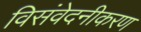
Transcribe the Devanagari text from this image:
विसंवेदनीकरण